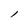
Character: l